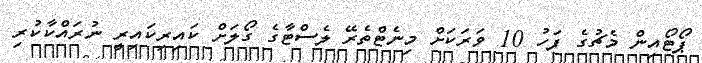
ޕޯޓޯއިން މެޗުގެ ފަހު 10 ވަރަކަށް މިނެޓްތެރޭ ލެސްޓާގެ ގޯލަށް ކައިރިކައިރީ ނުރައްކާކުރި